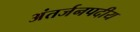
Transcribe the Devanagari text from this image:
अंतर्जनपदीय